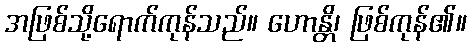
အဖြစ်သို့ရောက်ကုန်သည်။ ဟောန္တိ၊ ဖြစ်ကုန်၏။